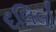
દલિલો